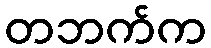
တဘက်က